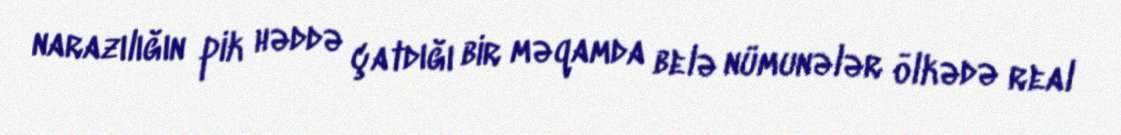
narazılığın pik həddə çatdığı bir məqamda belə nümunələr ölkədə real